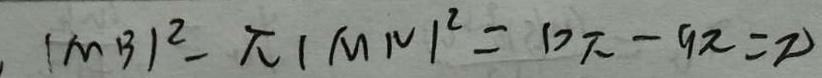
( M B ) ^ { 2 } - \pi ( M N ) ^ { 2 } = D \pi - 9 \pi = \pi